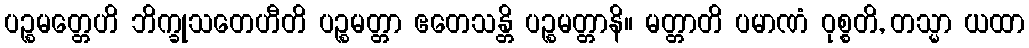
ပဉ္စမတ္တေဟိ ဘိက္ခုသတေဟီတိ ပဉ္စမတ္တာ ဧတေသန္တိ ပဉ္စမတ္တာနိ။ မတ္တာတိ ပမာဏံ ဝုစ္စတိ, တသ္မာ ယထာ